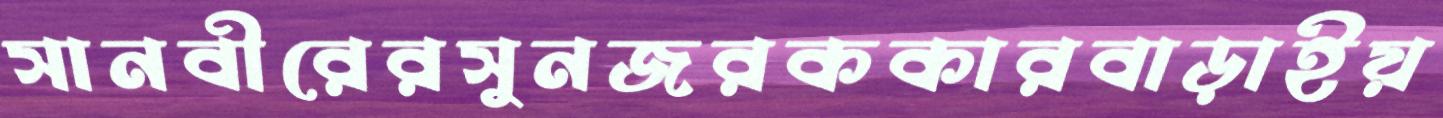
সানবীরেরসুনজরককারবাড়াইয়